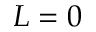
L = 0